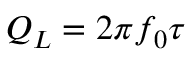
Q _ { L } = 2 \pi f _ { 0 } \tau